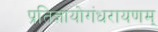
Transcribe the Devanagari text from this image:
प्रतिज्ञायोगंधरायणम्